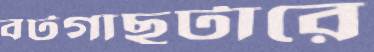
বটগাছটারে